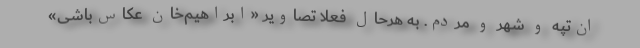
ان‌تپه و شهر و مردم. به هرحال فعلا تصاویر «ابراهیم‌خان عکاس‌باشی»